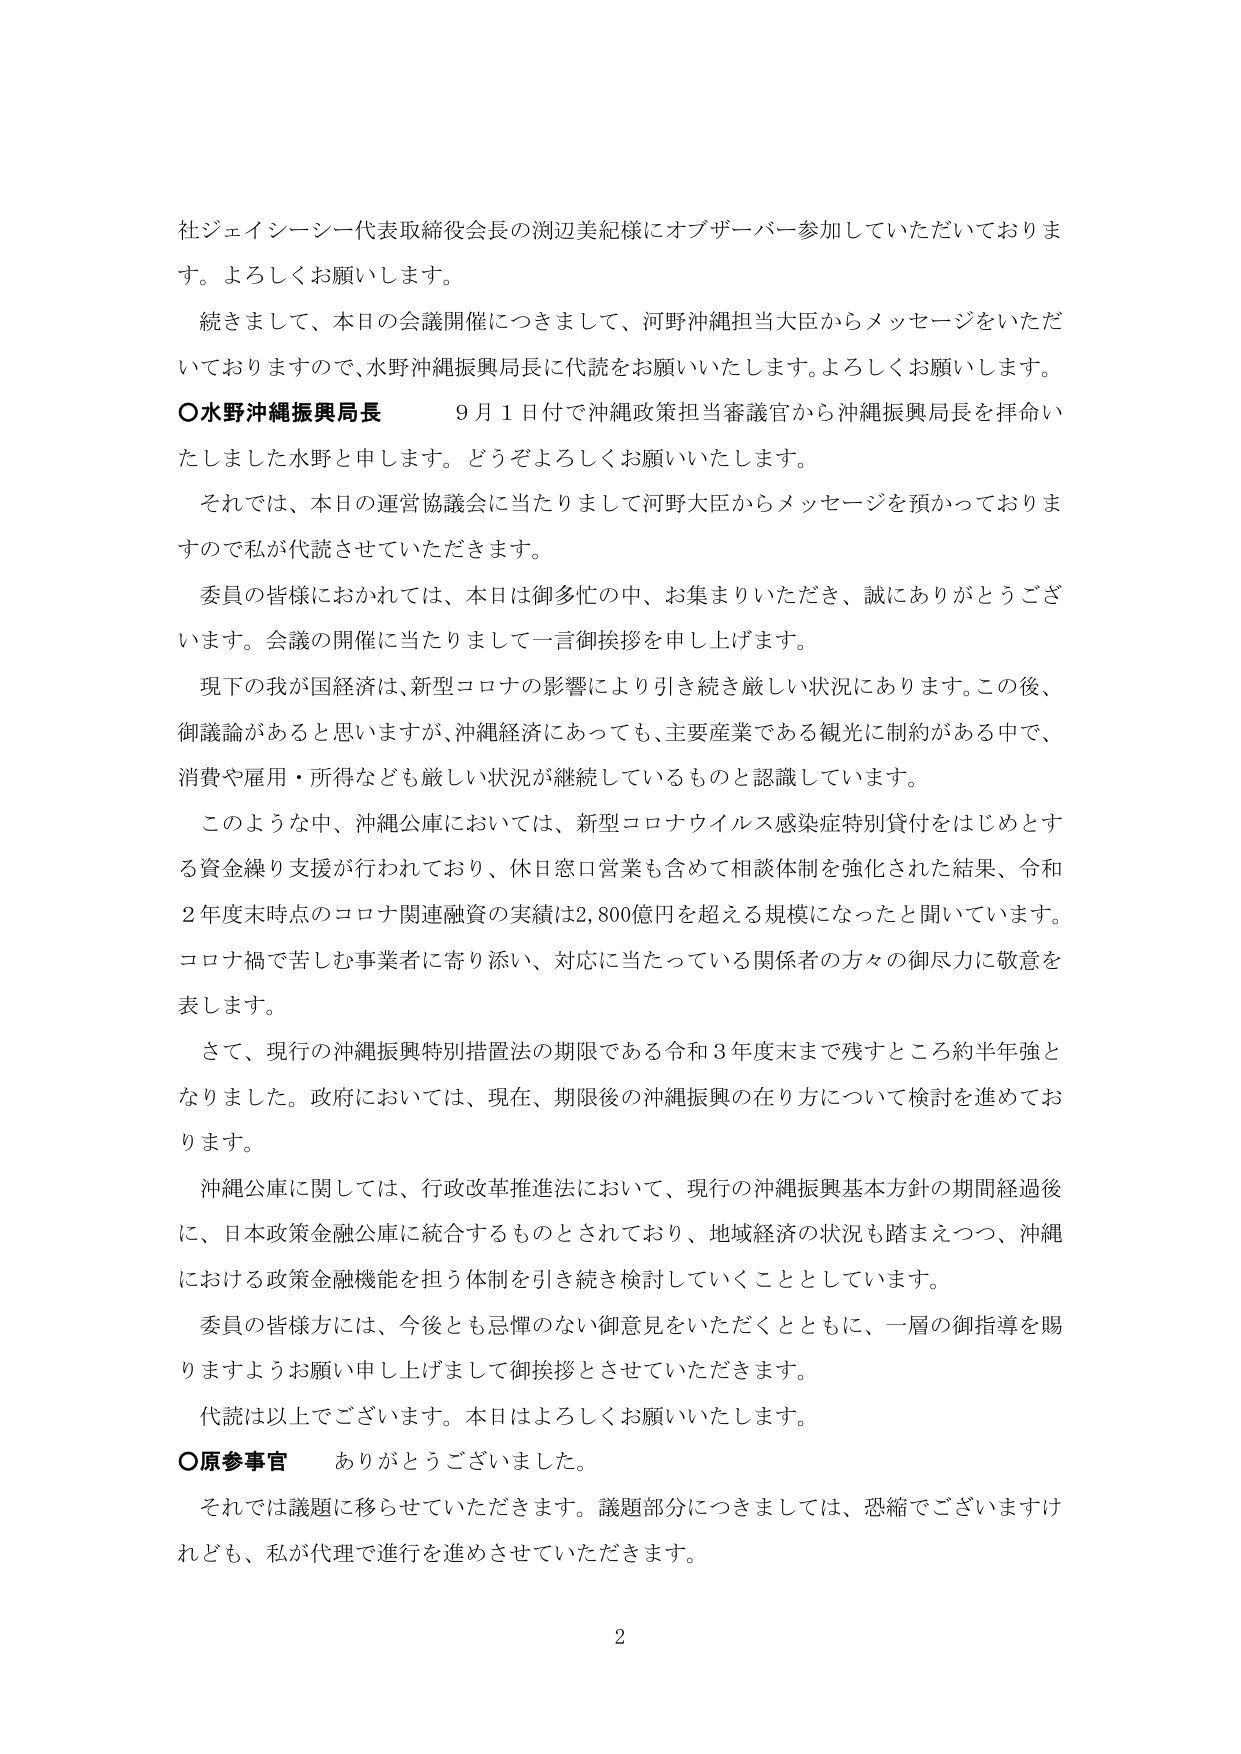
社ジェイシーシー代表取締役会長の渕辺美紀様にオブザーバー参加していただいております。よろしくお願いします。

続きまして、本日の会議開催につきまして、河野沖縄担当大臣からメッセージをいただいておりますので、水野沖縄振興局長に代読をお願いいたします。よろしくお願いします。

〇水野沖縄振興局長　　9月1日付で沖縄政策担当審議官から沖縄振興局長を拝命いたしました水野と申します。どうぞよろしくお願いいたします。

それでは、本日の運営協議会に当たりまして河野大臣からメッセージを預かっておりますので私が代読させていただきます。

委員の皆様におかれましては、本日は御多忙の中、お集まりいただき、誠にありがとうございます。会議の開催に当たりまして一言御挨拶を申し上げます。

現下の我が国経済は、新型コロナの影響により引き続き厳しい状況にあります。この後、御議論があると思いますが、沖縄経済にあっても、主要産業である観光に制約がある中で、消費や雇用・所得なども厳しい状況が継続しているものと認識しています。

このような中、沖縄公庫においては、新型コロナウイルス感染症特別貸付をはじめとする資金繰り支援が行われており、休日窓口営業も含めて相談体制を強化された結果、令和2年度末時点のコロナ関連融資の実績は2,800億円を超える規模になったと聞いています。コロナ禍で苦しむ事業者に寄り添い、対応に当たっている関係者の方々の御尽力に敬意を表します。

さて、現行の沖縄振興特別措置法の期限である令和3年度末まで残すところ約半年強となりました。政府においては、現在、期限後の沖縄振興の在り方について検討を進めております。

沖縄公庫に関しては、行政改革推進法において、現行の沖縄振興基本方針の期間経過後に、日本政策金融公庫に統合するものとされており、地域経済の状況も踏まえつつ、沖縄における政策金融機能を担う体制を引き続き検討していくこととしています。

委員の皆様方には、今後とも忌憚のない御意見をいただくとともに、一層の御指導を賜りますようお願い申し上げまして御挨拶とさせていただきます。

代読は以上でございます。本日はよろしくお願いいたします。

〇原参事官　　ありがとうございました。

それでは議題に移らせていただきます。議題部分につきましては、恐縮でございますけれども、私が代理で進行を進めさせていただきます。

2